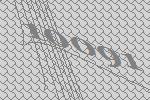
10091